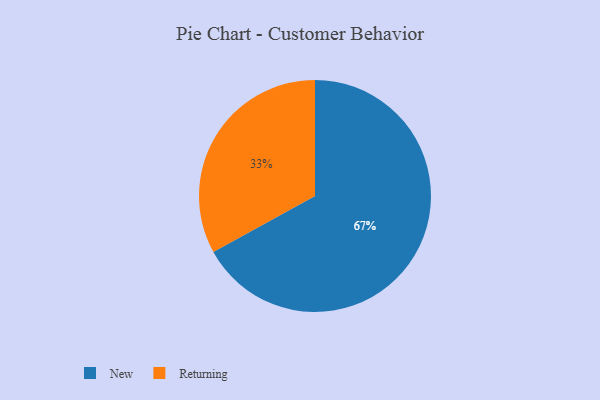
{"axis": {"x": "Category", "y": "Percentage"}, "legend": ["New", "Returning"], "data": [{"x": "New", "y": 67, "type": "New"}, {"x": "Returning", "y": 33, "type": "Returning"}]}